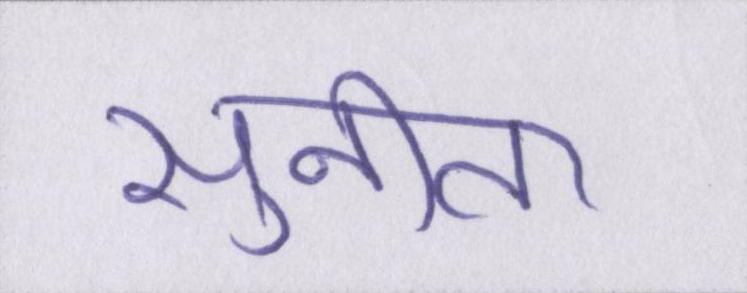
सुनीता